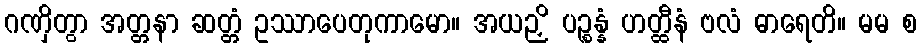
ဂဏှိတွာ အတ္တနာ ဆတ္တံ ဥဿာပေတုကာမော။ အယဉှိ ပဉ္စန္နံ ဟတ္ထီနံ ဗလံ ဓာရေတိ။ မမ စ